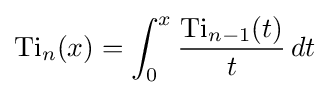
\operatorname {Ti} _{n}(x)=\int _{0}^{x}{\frac {\operatorname {Ti} _{n-1}(t)}{t}}\,dt